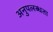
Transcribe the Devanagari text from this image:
अनुपलब्‍धता